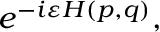
e ^ { - i \varepsilon H ( p , q ) } ,